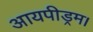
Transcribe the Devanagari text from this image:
आयपीड्रम।